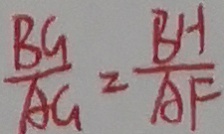
\frac { B G } { A G } = \frac { B H } { A F }